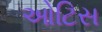
ઓટિસ